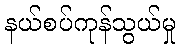
နယ်စပ်ကုန်သွယ်မှု